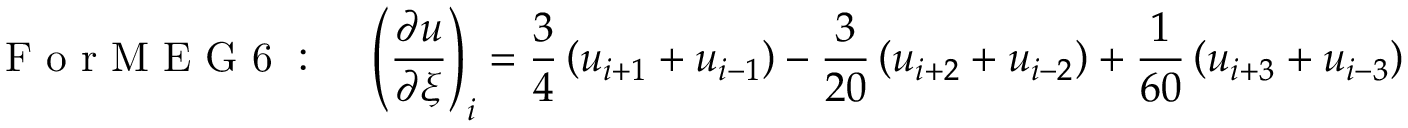
\mathrm { ~ F ~ o ~ r ~ M ~ E ~ G ~ 6 ~ : ~ } \quad \left( \frac { \partial u } { \partial \xi } \right) _ { i } = \frac { 3 } { 4 } \left( u _ { i + 1 } + u _ { i - 1 } \right) - \frac { 3 } { 2 0 } \left( u _ { i + 2 } + u _ { i - 2 } \right) + \frac { 1 } { 6 0 } \left( u _ { i + 3 } + u _ { i - 3 } \right)